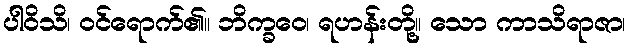
ပါဝိသိ၊ ဝင်ရောက်၏။ ဘိက္ခဝေ၊ ရဟန်းတို့။ သော ကာသိရာဇာ၊